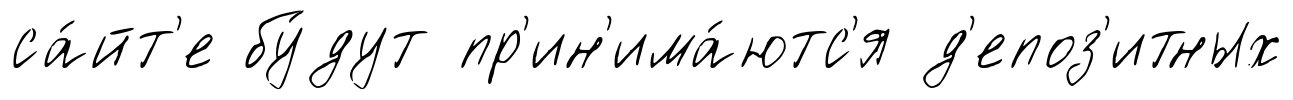
са́йт'е бу́дут пр'ин'има́ютс'я д'епоз'итных